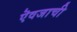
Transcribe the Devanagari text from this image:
ऎवजाची